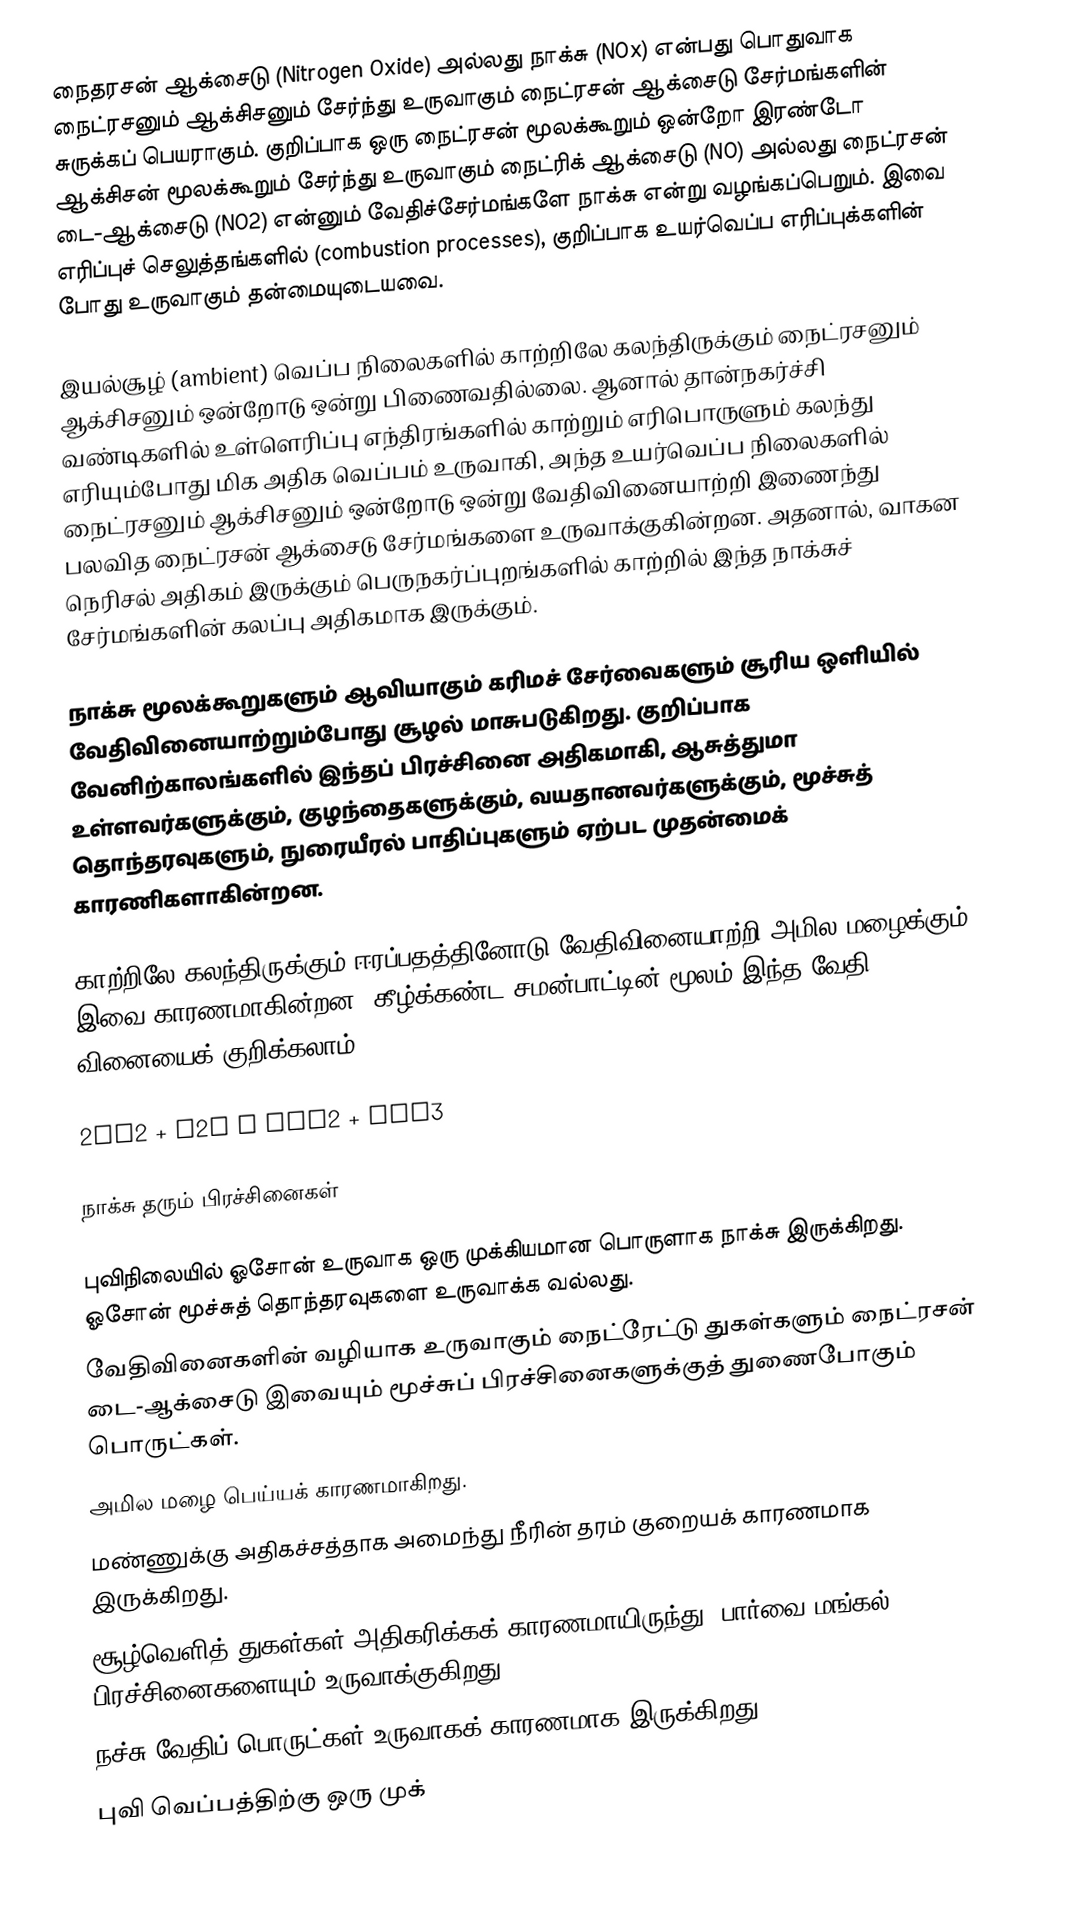
நைதரசன் ஆக்சைடு (Nitrogen Oxide) அல்லது நாக்சு (NOx) என்பது பொதுவாக நைட்ரசனும் ஆக்சிசனும் சேர்ந்து உருவாகும் நைட்ரசன் ஆக்சைடு சேர்மங்களின் சுருக்கப் பெயராகும். குறிப்பாக ஒரு நைட்ரசன் மூலக்கூறும் ஒன்றோ இரண்டோ ஆக்சிசன் மூலக்கூறும் சேர்ந்து உருவாகும் நைட்ரிக் ஆக்சைடு (NO) அல்லது நைட்ரசன் டை-ஆக்சைடு (NO2) என்னும் வேதிச்சேர்மங்களே நாக்சு என்று வழங்கப்பெறும். இவை எரிப்புச் செலுத்தங்களில் (combustion processes), குறிப்பாக உயர்வெப்ப எரிப்புக்களின் போது உருவாகும் தன்மையுடையவை.

இயல்சூழ் (ambient) வெப்ப நிலைகளில் காற்றிலே கலந்திருக்கும் நைட்ரசனும் ஆக்சிசனும் ஒன்றோடு ஒன்று பிணைவதில்லை. ஆனால் தான்நகர்ச்சி வண்டிகளில் உள்ளெரிப்பு எந்திரங்களில் காற்றும் எரிபொருளும் கலந்து எரியும்போது மிக அதிக வெப்பம் உருவாகி, அந்த உயர்வெப்ப நிலைகளில் நைட்ரசனும் ஆக்சிசனும் ஒன்றோடு ஒன்று வேதிவினையாற்றி இணைந்து பலவித நைட்ரசன் ஆக்சைடு சேர்மங்களை உருவாக்குகின்றன. அதனால், வாகன நெரிசல் அதிகம் இருக்கும் பெருநகர்ப்புறங்களில் காற்றில் இந்த நாக்சுச் சேர்மங்களின் கலப்பு அதிகமாக இருக்கும்.

நாக்சு மூலக்கூறுகளும் ஆவியாகும் கரிமச் சேர்வைகளும் சூரிய ஒளியில் வேதிவினையாற்றும்போது சூழல் மாசுபடுகிறது. குறிப்பாக வேனிற்காலங்களில் இந்தப் பிரச்சினை அதிகமாகி, ஆசுத்துமா உள்ளவர்களுக்கும், குழந்தைகளுக்கும், வயதானவர்களுக்கும், மூச்சுத் தொந்தரவுகளும், நுரையீரல் பாதிப்புகளும் ஏற்பட முதன்மைக் காரணிகளாகின்றன.

காற்றிலே கலந்திருக்கும் ஈரப்பதத்தினோடு வேதிவினையாற்றி அமில மழைக்கும் இவை காரணமாகின்றன. கீழ்க்கண்ட சமன்பாட்டின் மூலம் இந்த வேதி வினையைக் குறிக்கலாம்.

2NO2 + H2O → HNO2 + HNO3

நாக்சு தரும் பிரச்சினைகள்

 புவிநிலையில் ஓசோன் உருவாக ஒரு முக்கியமான பொருளாக நாக்சு இருக்கிறது. ஓசோன் மூச்சுத் தொந்தரவுகளை உருவாக்க வல்லது.
 வேதிவினைகளின் வழியாக உருவாகும் நைட்ரேட்டு துகள்களும் நைட்ரசன் டை-ஆக்சைடு இவையும் மூச்சுப் பிரச்சினைகளுக்குத் துணைபோகும் பொருட்கள்.
 அமில மழை பெய்யக் காரணமாகிறது.
 மண்ணுக்கு அதிகச்சத்தாக அமைந்து நீரின் தரம் குறையக் காரணமாக இருக்கிறது.
 சூழ்வெளித் துகள்கள் அதிகரிக்கக் காரணமாயிருந்து, பார்வை மங்கல் பிரச்சினைகளையும் உருவாக்குகிறது.
 நச்சு வேதிப் பொருட்கள் உருவாகக் காரணமாக இருக்கிறது.
 புவி வெப்பத்திற்கு ஒரு முக்